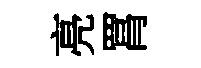
亮罥